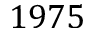
1 9 7 5